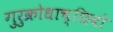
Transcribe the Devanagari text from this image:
गुरुक्रोधाच्छिवो